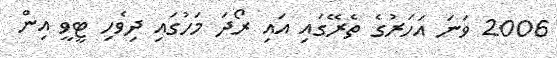
2006 ވަނަ އަހަރުގެ ތެރޭގައި އައި ރޯދަ މަހުގައި ދިވެހި ޓީވީ އިން